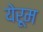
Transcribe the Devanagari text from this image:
येरूम